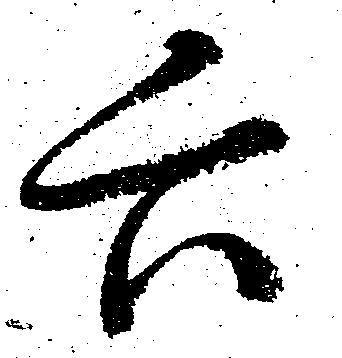
六